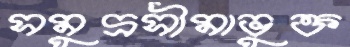
সমুদ্রসীমাভুক্ত